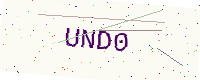
Text: UND0